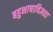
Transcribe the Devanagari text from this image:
बहुभाषाविज्ञता